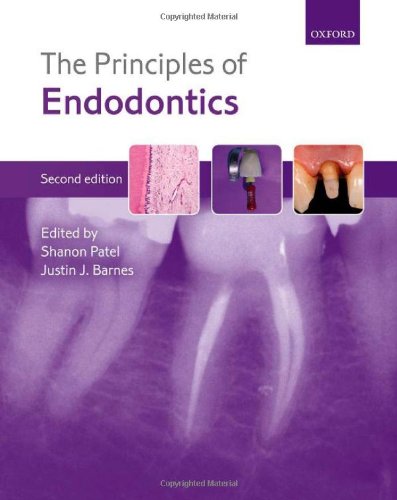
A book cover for The Principles of Endodontics; Shanon Patel; Medical Books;